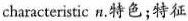
characteristic n.特色;特征